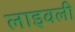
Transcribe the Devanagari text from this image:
लाइवली